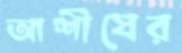
আশীষের